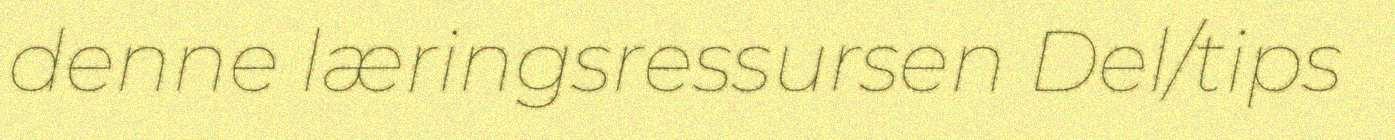
denne læringsressursen Del/tips